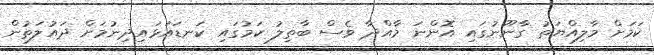
ކަމަށް މާލިއްޔަތު ގާނޫނުގައި އޮންނަ މާއްދާ ވެސް ބާތިލު ކަމުގައި ކަނޑައަޅައިދިނުމަށް ދައުލަތުން